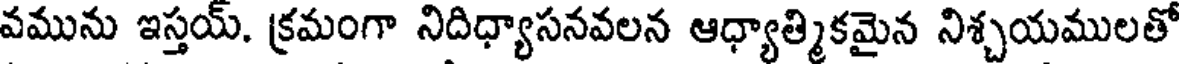
వమును ఇస్తయ్. క్రమంగా నిదిధ్యాసనవలన ఆధ్యాత్మికమైన నిశ్చయములతో